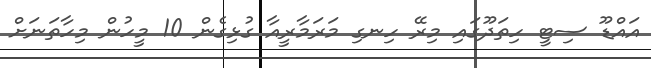
އައްޑޫ ސިޓީ ހިތަދޫގައި މިރޭ ހިނގި މަރަމާރީއާ ގުޅިގެން 10 މީހުން މިހާތަނަށް